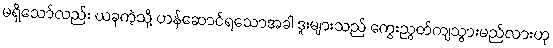
မရှိသော်လည်း ယခုကဲ့သို့ ဟန်ဆောင်ရသောအခါ ဒူးများသည် ကွေးညွတ်ကျသွားမည်လားဟု